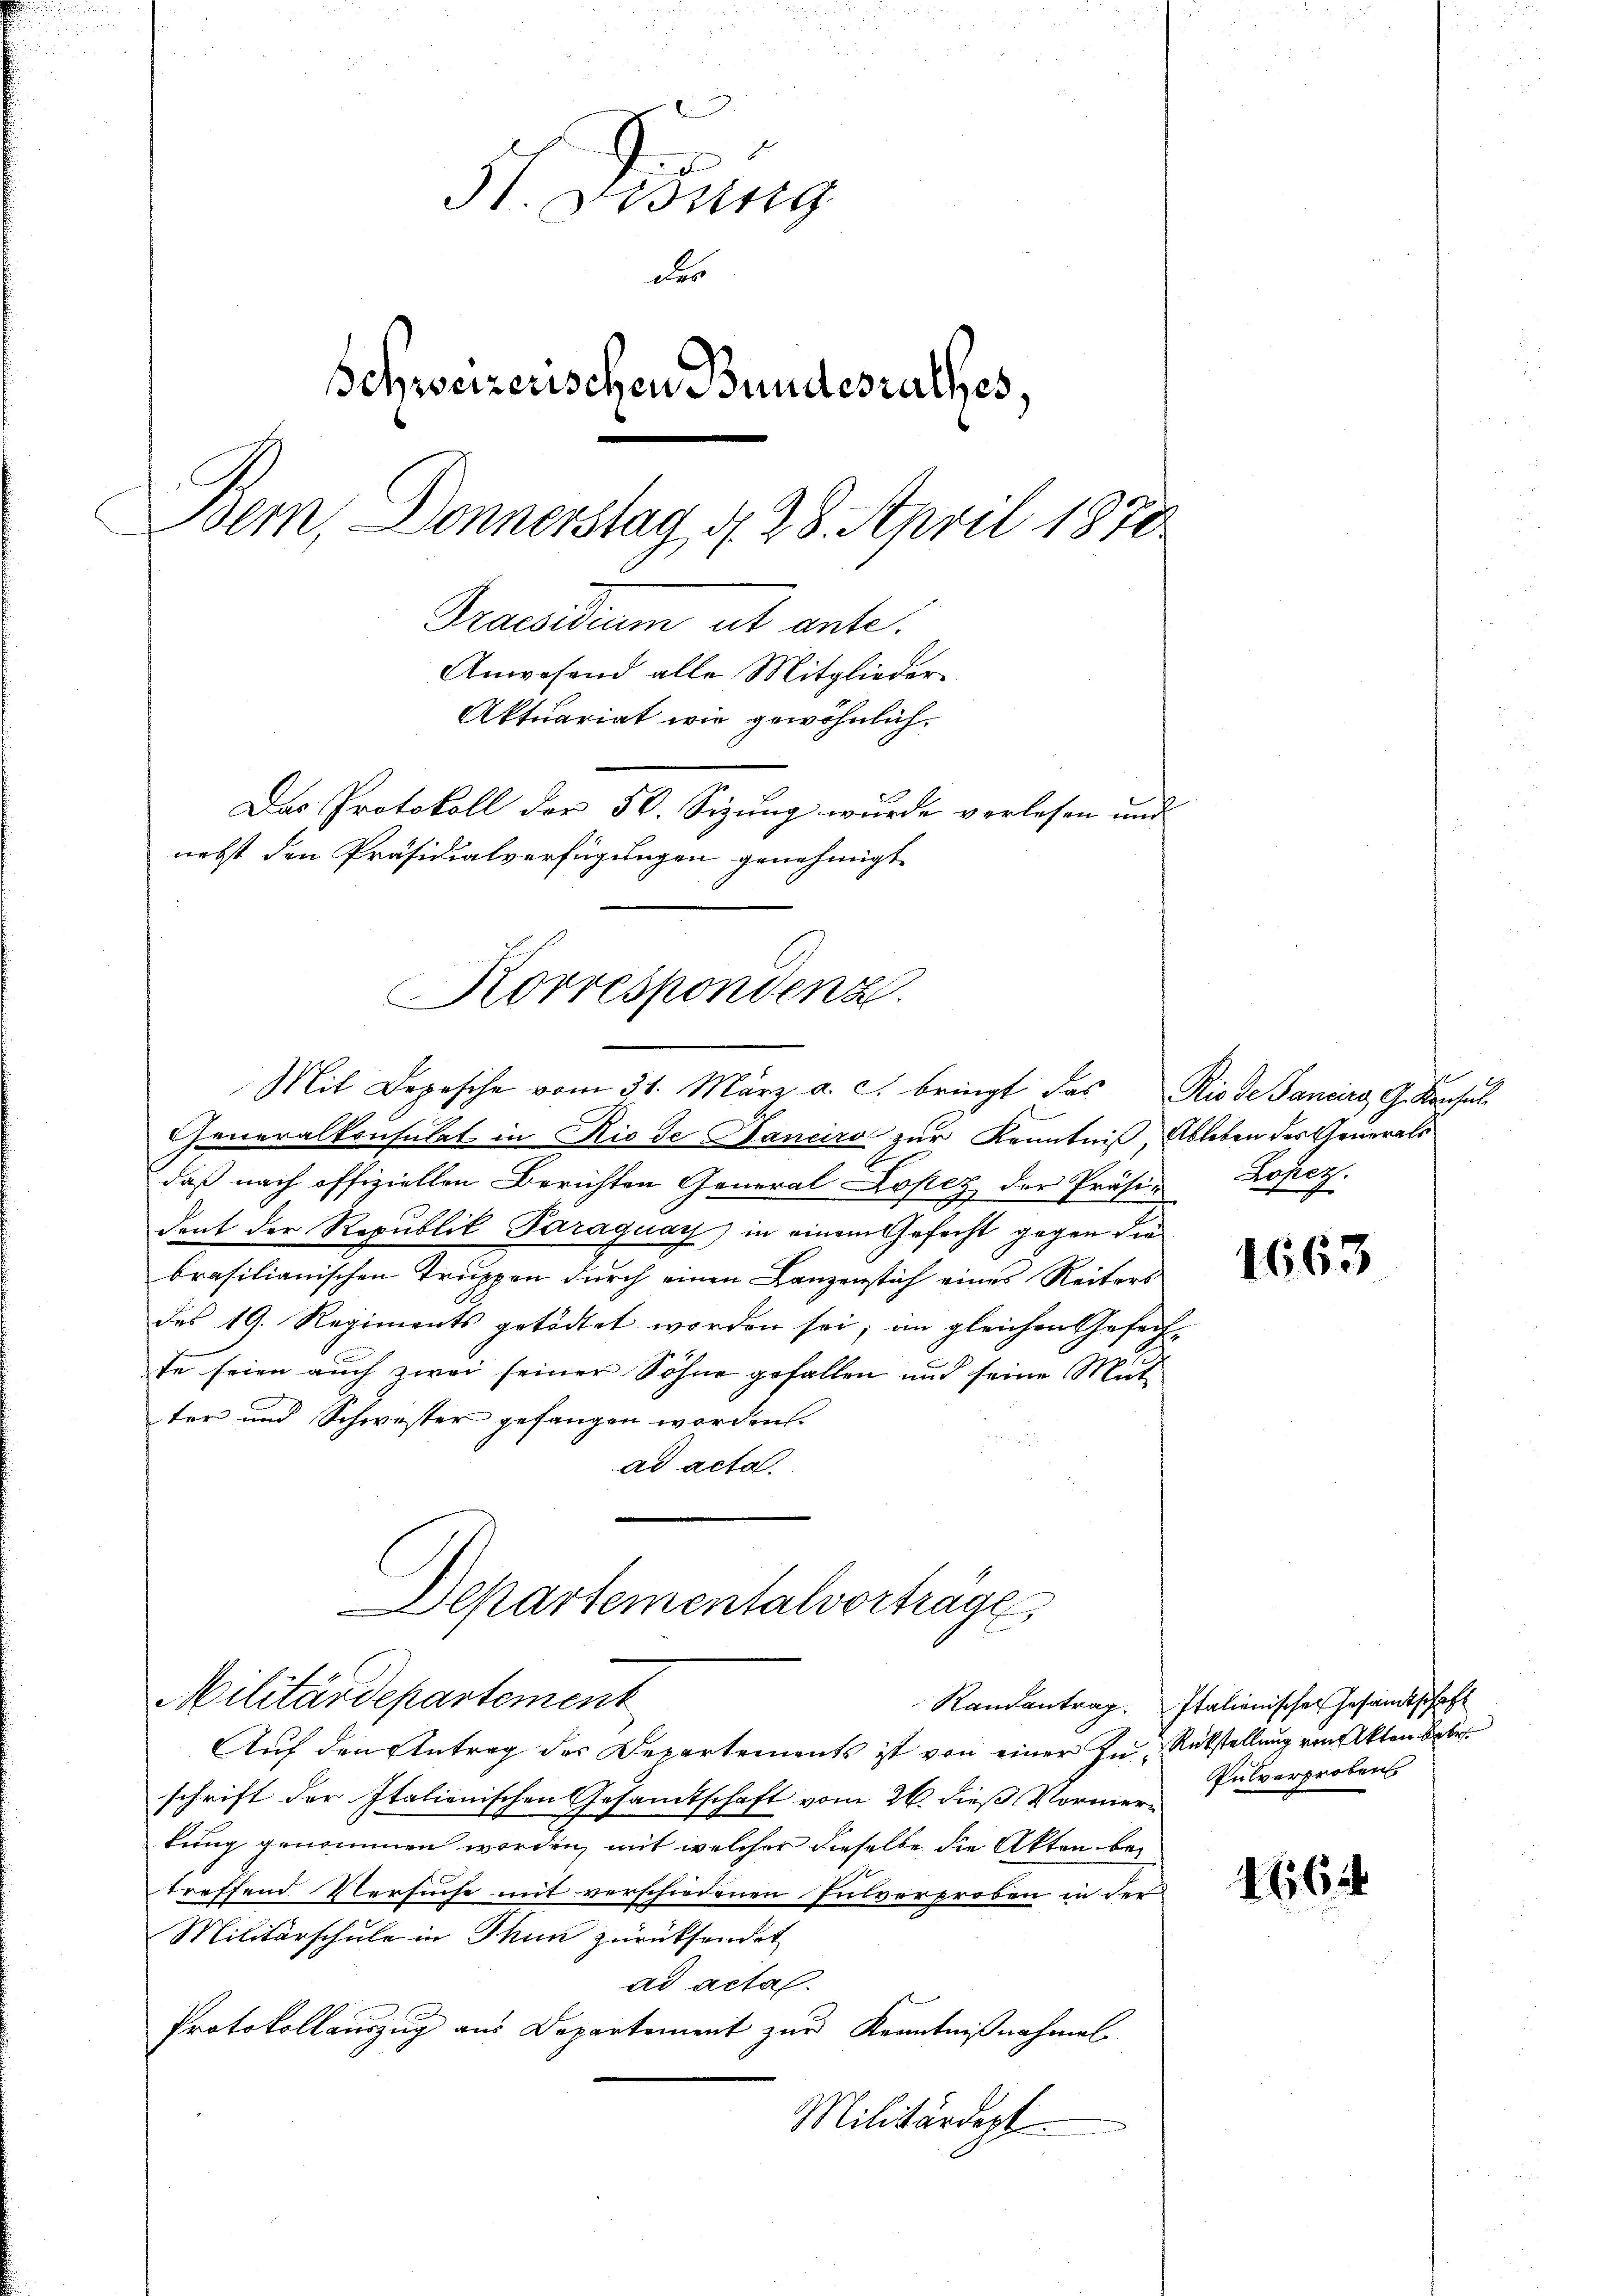
3t. Burg
des
Schweizerischen Bundesrathes,
Bem, Donnerstag 4. 28. April 1870
Praesidium ut ente.
Anwesend alle Mitglieder¬
Aktuariat wie gewöhnlich¬
Das Protokoll der 50. Sizung wurde verlesen und
nebst den Präsidialverfügungen genehmigt.

Korrespondenz
Mit Depesche vom 31. März a. c. bringt das Riode Jancirs G. Konsul

Generalkonsulat in Rio de Banciro zur Kenntniß, Ableben des Generals
daß nach offiziellen Berichten General Lopez der Präsident der Republik Paraguay) in einem Gefecht gegen die
brasilianischen Truppen durch einen Lanzenstich eines Reiters
des 19. Regiments getödtet worden sei; im gleichen Gefechte seien auch zwei seiner Söhne gefallen und seine Mutter und Schwester gefangen worden.
ad acta.

Departementalvorträge
Militärdepartement

Auf den Antrag des Departements ist von einer In Rückstellung von Akten Betr
schrift der Italienischen Gesandtschaft vom 26. dieß Vormern
kung genommen worden, mit welcher dieselbe die Akten bei
treffend Versuche mit verschiedenen Pulverproben in der
Militärschule in Thun zurücksendet
ad acta.
Protokollauszug aus Departement zur Kenntnißnahmel
Militärdept

Lopez.
her

1663

Randantrag. Italienischer Gesandtschaft
Pulverproben

166